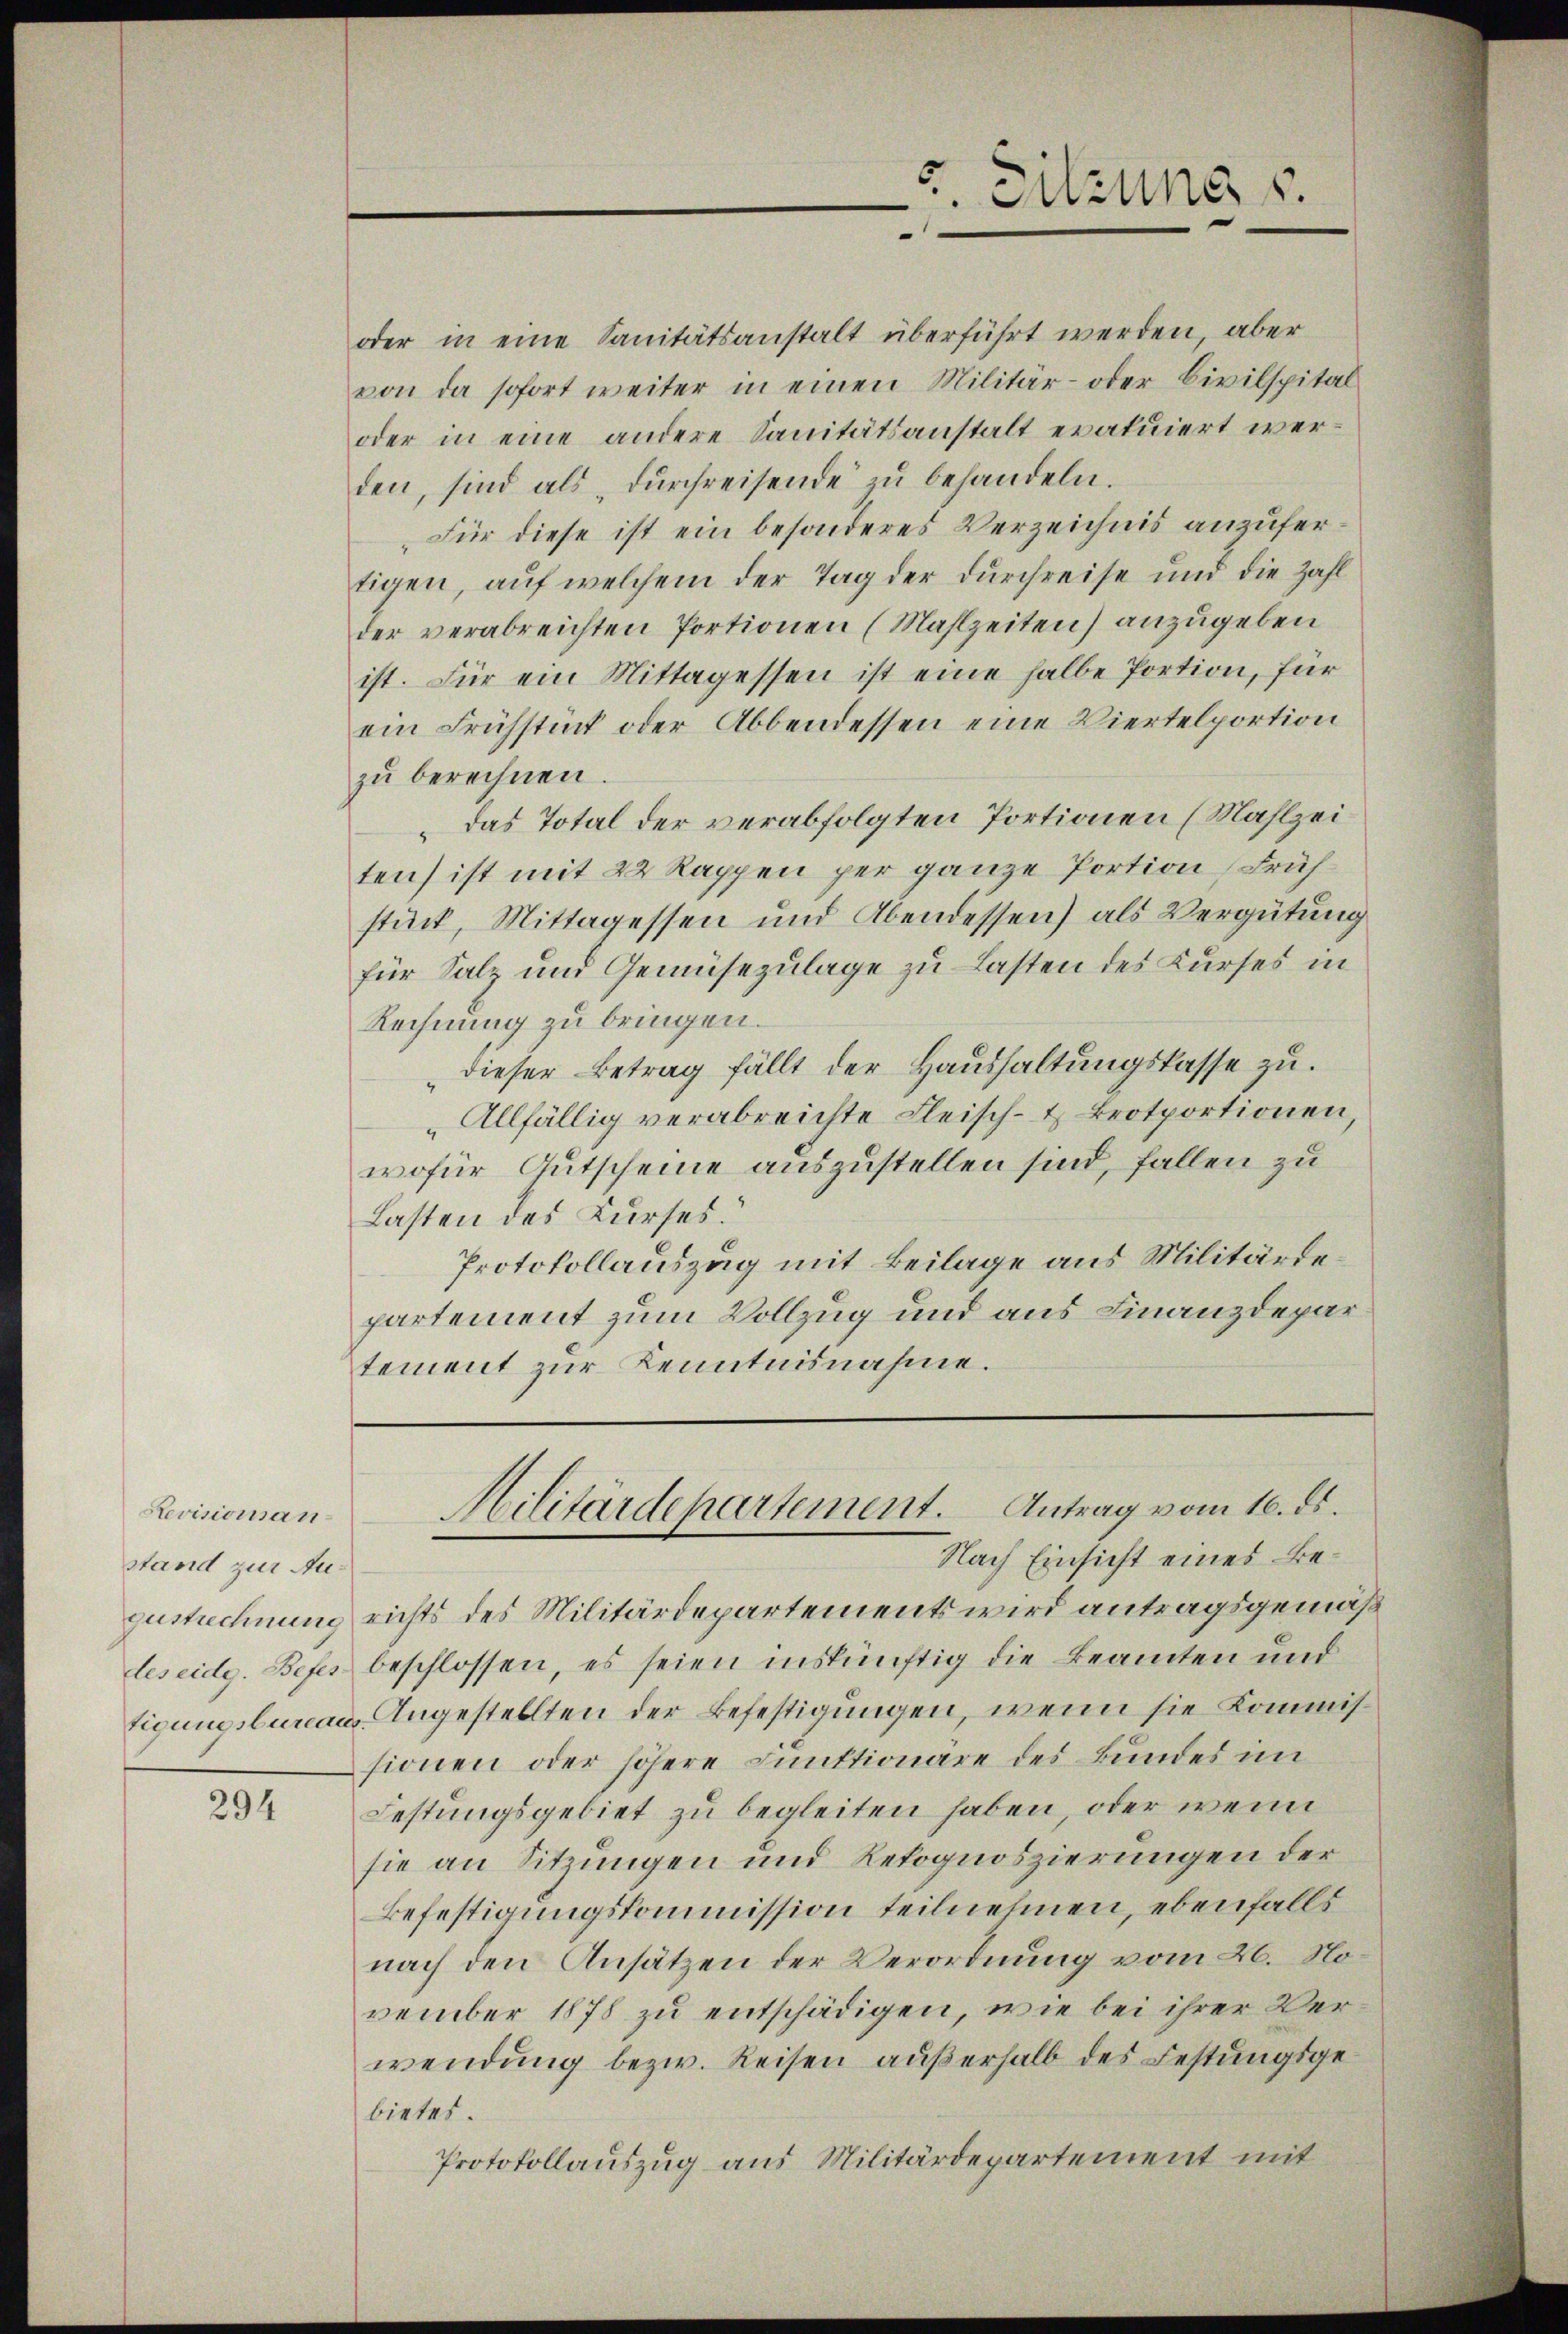
Revisionsanstand zur Auzustrechnung
des eidg. Befes.
tigungsburea

294

2. Sitzung s.

oder in eine Sanitätsanstalt überführt werden, aber
von da sofort weiter in einen Militär- oder Civilspital
oder in eine andere Sanitätsanstalt eratuiert werden, sind als „dŭrchreisende zu behandeln.
„Für diese ist ein besonderes Verzeichnis anzufertigen, auf welchem der Tag der durchreise und die Zahl
der verabreichten Portionen (Mahlzeiten) anzugeben
ist. Für ein Mittagessen ist eine halbe Portion, für
ein Frühstück oder Abbendessen eine Viertelportion
zŭ berechnen.
„Das Total der verabfolgten Portionen (Mahlzeiten) ist mit 22 Rappen per ganze Portion Frühstück, Mittagessen und Abendessen) als Vergütung
für Salz und Gemüsezulage zu Lasten des Kurses in
Rechnung zu bringen.
dieser Betrag fällt der Haushaltungskasse zu.
„Allfällig verabreichte Fleisch- & Brotportionen,
wofür Gutscheine auszustellen sind, fallen zu
Lasten des Kurses.
Protokollauszug mit Beilage aus Militärdepartement zum Vollzug und aus Finanzdepartement zur Kenntnisnahme.

Nach Einsicht eines Berichts des Militärdepartements wird antragsgemäß
beschlossen, es seien inskünftig die Beamten und
Angestellten der Befestigungen, wenn sie Kommissionen oder höhere Funktionäre des Bundes im
Festungsgebiet zu begleiten haben, oder wenn
sie an Sitzungen und Retognoszierungen der
Befestigungskommission teilnehmen, ebenfalls
nach den Ansätzen der Verordnung vom 26. November 1878 zu entschädigen, wie bei ihrer Verwendung bezw. Reisen außerhalb des Festungsgebietes.
Protokollauszug aus Militärdepartement mit

Hilitärdepartement. Antrag vom 16. ds.